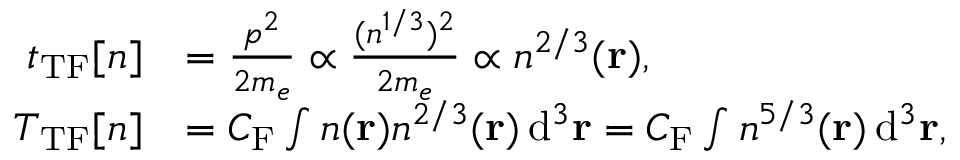
{ \begin{array} { r l } { t _ { \mathrm { T F } } [ n ] } & { = { \frac { p ^ { 2 } } { 2 m _ { e } } } \propto { \frac { ( n ^ { 1 / 3 } ) ^ { 2 } } { 2 m _ { e } } } \propto n ^ { 2 / 3 } ( \mathbf { r } ) , } \\ { T _ { \mathrm { T F } } [ n ] } & { = C _ { \mathrm { F } } \int n ( \mathbf { r } ) n ^ { 2 / 3 } ( \mathbf { r } ) \, \mathrm { d } ^ { 3 } \mathbf { r } = C _ { \mathrm { F } } \int n ^ { 5 / 3 } ( \mathbf { r } ) \, \mathrm { d } ^ { 3 } \mathbf { r } , } \end{array} }